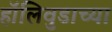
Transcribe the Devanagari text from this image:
हॉलिवुडाच्या